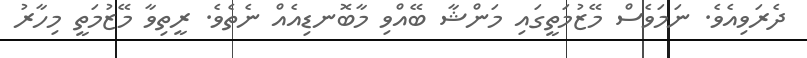
ދެރަވިއެވެ. ނަމަވެސް މޭޒުމަތީގައި މަންޝާ ބޭއްވި މާބޮނޑިއެއް ނެތެވެ. ރީތިވާ މޭޒުމަތީ މިހާރު